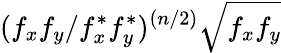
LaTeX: (f_{x}f_{y}/f_{x}^{*}f_{y}^{*})^{(n/2)}\sqrt{f_{x}f_{y}}